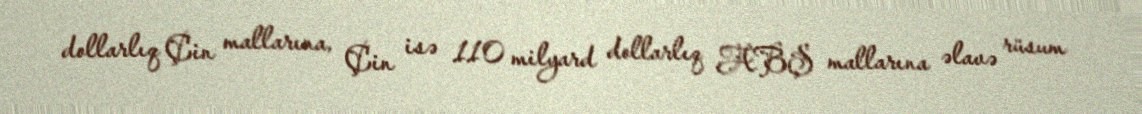
dollarlıq Çin mallarına, Çin isə 110 milyard dollarlıq ABŞ mallarına əlavə rüsum